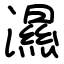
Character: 濕